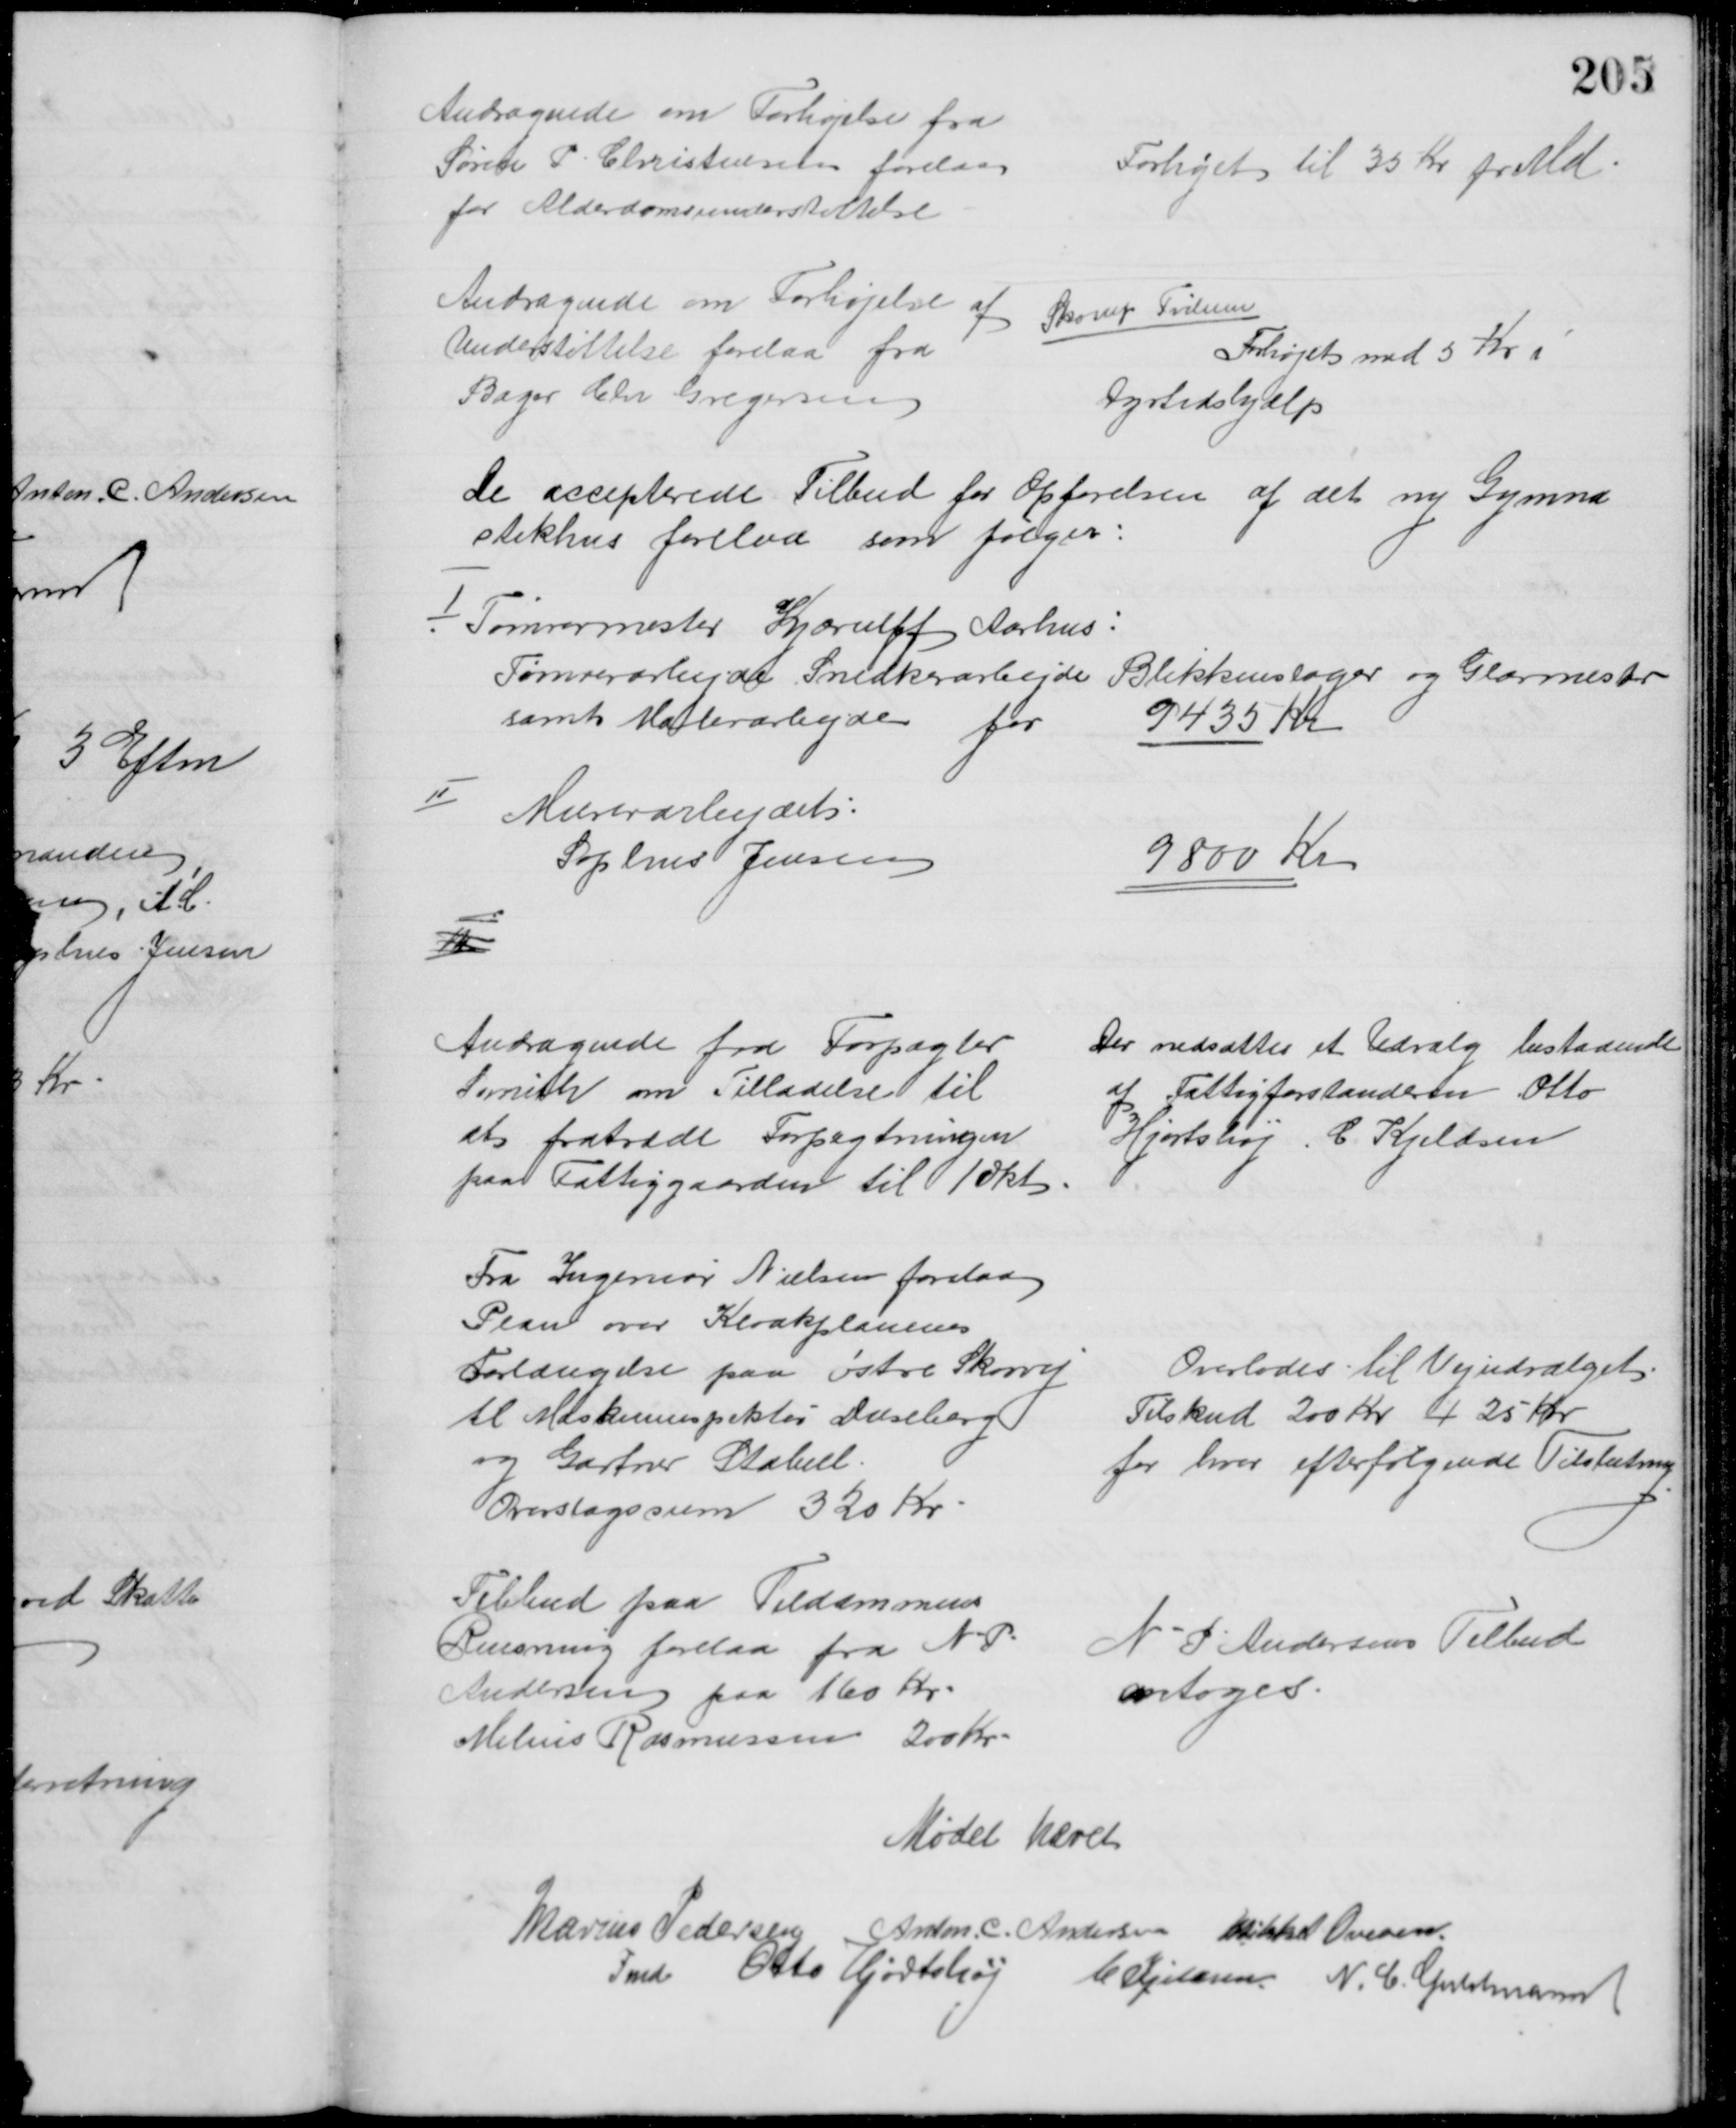
Transskription:
Andragende om Forhøjelse fra
Søren P Christensen forelaa
for Alderdomsunderstøttelse
Forhøjet til 35 Kr pr Md
Andragende om Forhøjelse af 
Understøttelse forelaa fra
Bager Chr Gregersen
Skorup Tvilum
Forhøjet med 5 Kr i
Dyrtidshjælp
De accepterede Tilbud for Opførelsen af det ny Gymna
stikhus forelaa som følger:
I
Tømrermester Kjærulff Aarhus:
Tømrerarbejde Snedkerarbejde Blikkenslager og Glarmester
samt Malerarbejde for
9435 Kr
II
Murerarbejdet:
Sophus Jensen
9800 Kr
II
Andragende fra Forpagter
Smith om Tilladelse til
at fratræde Forpagtningen
paa Fattiggaarden til 1 Okt
Der nedsættes et Udvalg bestaaende
af Fattigforstanderen Otto
Hjortshøj. C. Kjeldsen
Fra Ingeniør Nielsen forelaa
Plan over Kloakplanens
Forlængelse paa østre Skovvej
til Maskininspektør Duseberg
og Gartner Stabell.
Overslagssum 320 Kr
Overlodes til Vejudvalget.
Tilskud 200 Kr + 25 Kr
for hver efterfølgende Tilslutning
Tilbud paa Fildammens
Rensning forelaa fra N.P.
Andersen paa 160 Kr
Melius Rasmussen 200 Kr
N P Andersens Tilbud
antoges
Mødet hævet
Marius Pedersen 
Fmd 
Anton. C. Andersen Mikkel Ovesen.
Otto Hjortshøj C Kjeldsen N. C. Guldmann